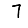
Digit: 7